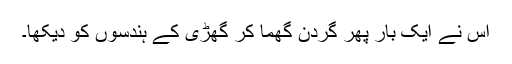
اس نے ایک بار پھر گردن گھما کر گھڑی کے ہندسوں کو دیکھا۔